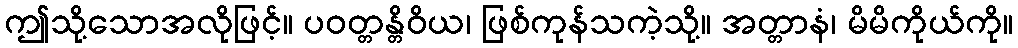
ဤသို့သောအလိုဖြင့်။ ပဝတ္တန္တိဝိယ၊ ဖြစ်ကုန်သကဲ့သို့။ အတ္တာနံ၊ မိမိကိုယ်ကို။